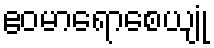
ဧဝမာရောစေယျုံ